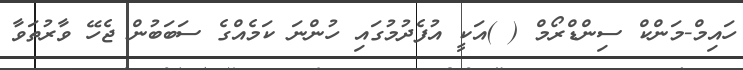
ހައިމް-މަންކް ސިންޑްރޯމް ( )އަކީ އުފެދުމުގައި ހުންނަ ކަމެއްގެ ސަބަބުން ޖެހޭ ވާރުތަވާ